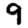
Digit: 9